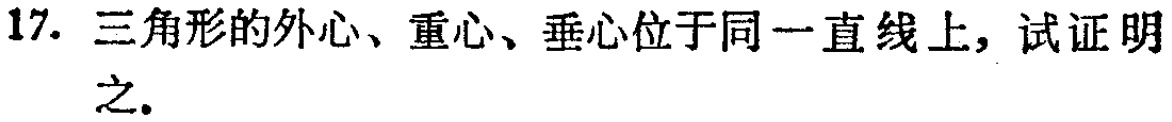
17. 三角形的外心、重心、垂心位于同一直线上，试证明之.